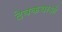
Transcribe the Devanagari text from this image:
देवकथाओं